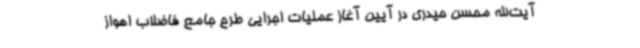
آیت‌الله محسن حیدری در آیین آغاز عملیات اجرایی طرح جامع فاضلاب اهواز